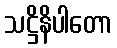
သဋ္ဌိနိပါတော